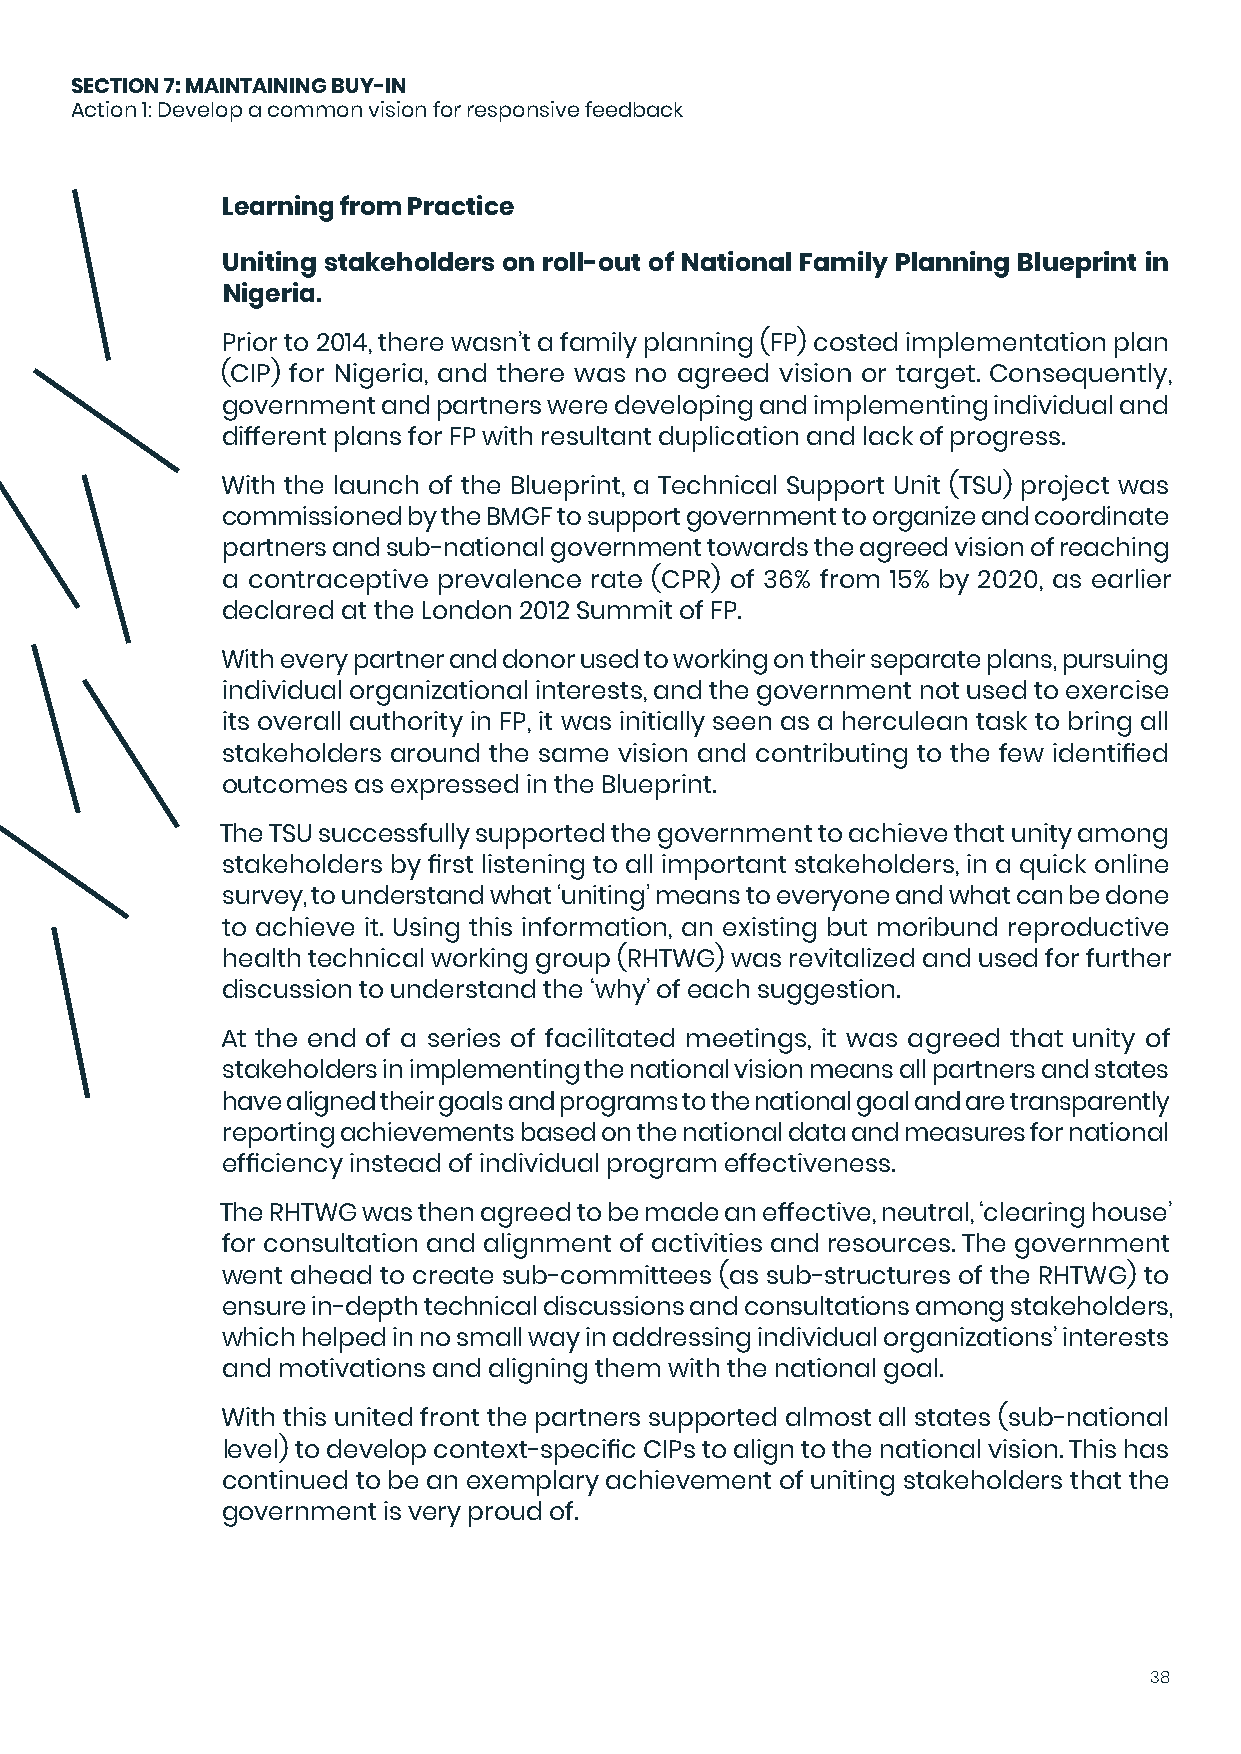
SECTION 7: MAINTAINING BUY-IN
 Action 1: Develop a common vision for responsive feedback
 Learning from Practice
 Uniting stakeholders on roll-out of National Family Planning Blueprint in
 Nigeria.
 Prior to 2014, there wasn’t a family planning (FP) costed implementation plan
 (CIP) for Nigeria, and there was no agreed vision or target. Consequently,
 government and partners were developing and implementing individual and
 different plans for FP with resultant duplication and lack of progress.
 With the launch of the Blueprint, a Technical Support Unit (TSU) project was
 commissioned by the BMGF to support government to organize and coordinate
 partners and sub-national government towards the agreed vision of reaching
 a contraceptive prevalence rate (CPR) of 36% from 15% by 2020, as earlier
 declared at the London 2012 Summit of FP.
 With every partner and donor used to working on their separate plans, pursuing
 individual organizational interests, and the government not used to exercise
 its overall authority in FP, it was initially seen as a herculean task to bring all
 stakeholders around the same vision and contributing to the few identified
 outcomes as expressed in the Blueprint.
 The TSU successfully supported the government to achieve that unity among
 stakeholders by first listening to all important stakeholders, in a quick online
 survey, to understand what ‘uniting’ means to everyone and what can be done
 to achieve it. Using this information, an existing but moribund reproductive
 health technical working group (RHTWG) was revitalized and used for further
 discussion to understand the ‘why’ of each suggestion.
 At the end of a series of facilitated meetings, it was agreed that unity of
 stakeholders in implementing the national vision means all partners and states
 have aligned their goals and programs to the national goal and are transparently
 reporting achievements based on the national data and measures for national
 efficiency instead of individual program effectiveness.
 The RHTWG was then agreed to be made an effective, neutral, ‘clearing house’
 for consultation and alignment of activities and resources. The government
 went ahead to create sub-committees (as sub-structures of the RHTWG) to
 ensure in-depth technical discussions and consultations among stakeholders,
 which helped in no small way in addressing individual organizations’ interests
 and motivations and aligning them with the national goal.
 With this united front the partners supported almost all states (sub-national
 level) to develop context-specific CIPs to align to the national vision. This has
 continued to be an exemplary achievement of uniting stakeholders that the
 government is very proud of.
 38